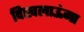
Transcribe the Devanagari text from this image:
दिखलाऊंगा